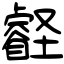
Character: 壡